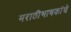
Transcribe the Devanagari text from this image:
मराठीभाषकांचे